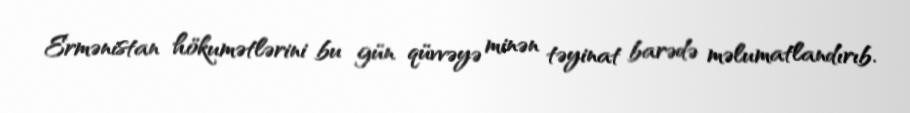
Ermənistan hökumətlərini bu gün qüvvəyə minən təyinat barədə məlumatlandırıb.